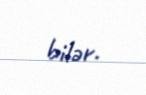
bilər.